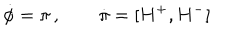
LaTeX: \dot { \phi } = \pi \, , \qquad \dot { \pi } = [ H ^ { + } , H ^ { - } ]